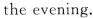
the evening.